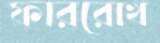
ফাররোখ